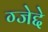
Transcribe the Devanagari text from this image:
ग्जेद्दे